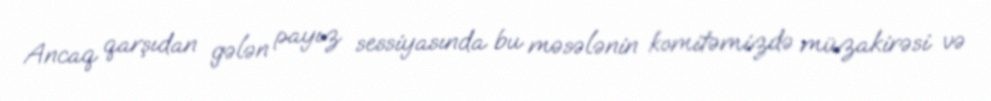
Ancaq qarşıdan gələn payız sessiyasında bu məsələnin komitəmizdə müzakirəsi və